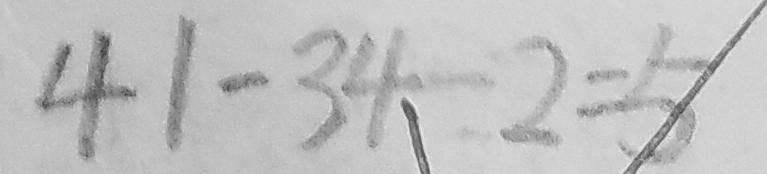
4 1 - 3 4 - 2 = 5